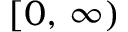
[ 0 , \, \infty )